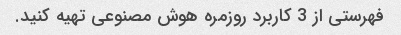
فهرستی از 3 کاربرد روزمره هوش مصنوعی تهیه کنید.